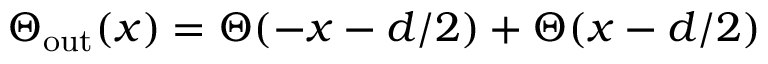
\Theta _ { \mathrm { o u t } } ( x ) = \Theta ( - x - d / 2 ) + \Theta ( x - d / 2 )